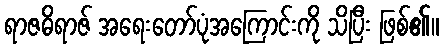
ရာဇဓိရာဇ် အရေးတော်ပုံအကြောင်းကို သိပြီး ဖြစ်၏။